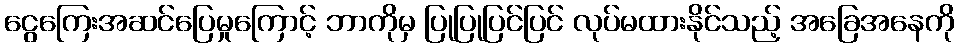
ငွေကြေးအဆင်ပြေမှုကြောင့် ဘာကိုမှ ပြုပြုပြင်ပြင် လုပ်မထားနိုင်သည့် အခြေအနေကို